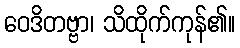
ဝေဒိတဗ္ဗာ၊ သိထိုက်ကုန်၏။